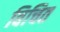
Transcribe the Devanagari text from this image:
विचित